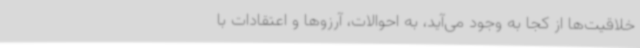
خلاقیت‌ها از کجا به وجود می‌آید، به احوالات، آرزوها و اعتقادات با